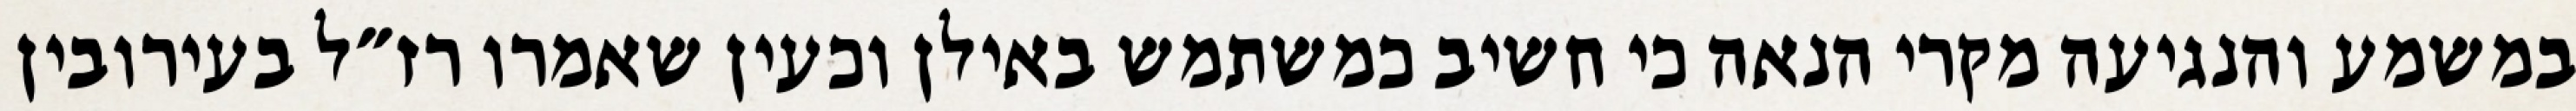
במשמע והנגיעה מקרי הנאה כי חשיב כמשתמש באילן וכעין שאמרו רז״ל בעירובין